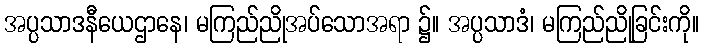
အပ္ပသာဒနီယေဌာနေ၊ မကြည်ညိုအပ်သောအရာ ၌။ အပ္ပသာဒံ၊ မကြည်ညိုခြင်းကို။